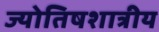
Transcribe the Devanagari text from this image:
ज्योतिषशात्रीय